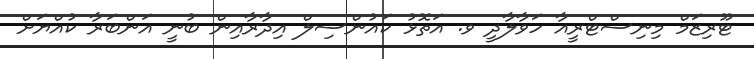
ޓޫރިޒަމް މިނިސްޓްރީއާ ހަވާލާދީ ވ. އަތޮޅު ކައުންސިލް އިދާރާއިން ބުނީ އަންބަރާ ކުއްޔަށް